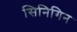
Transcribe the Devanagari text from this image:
सिनिगिन